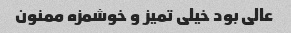
عالی بود خیلی تمیز و خوشمزه ممنون